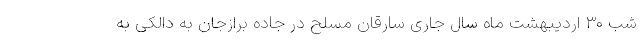
شب ۳۰ اردیبهشت ماه سال جاری سارقان مسلح در جاده برازجان به دالکی به